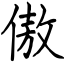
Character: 傲